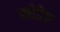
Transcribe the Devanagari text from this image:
खोडेच